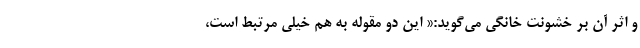
و اثر آن بر خشونت خانگی می‌گوید:« این دو مقوله به هم خیلی مرتبط است،